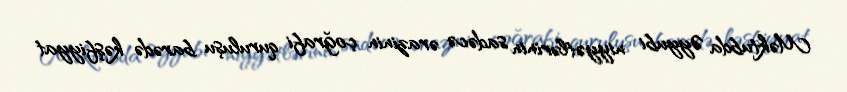
Məktubda Əyyubi niyyətlərinin sadəcə ərazinin çoğrafi quruluşu barədə kəşfiyyat